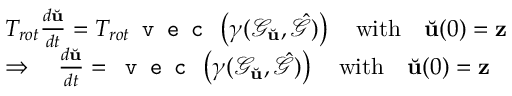
\begin{array} { r l } & { T _ { r o t } \frac { d \Breve { \mathbf { u } } } { d t } = T _ { r o t } \texttt { v e c } \left( \gamma ( \mathcal { G } _ { \Breve { \mathbf { u } } } , \hat { \mathcal { G } } ) \right) \quad \mathrm { w i t h } \quad \Breve { \mathbf { u } } ( 0 ) = \mathbf { z } } \\ & { \Rightarrow \quad \frac { d \Breve { \mathbf { u } } } { d t } = \texttt { v e c } \left( \gamma ( \mathcal { G } _ { \Breve { \mathbf { u } } } , \hat { \mathcal { G } } ) \right) \quad \mathrm { w i t h } \quad \Breve { \mathbf { u } } ( 0 ) = \mathbf { z } } \end{array}